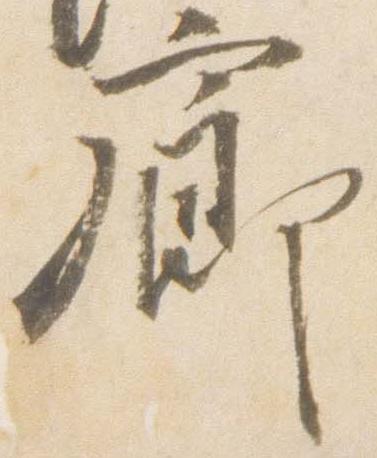
廊